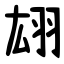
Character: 翃